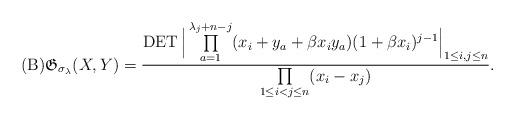
LaTeX: \begin{gather*}({\rm B}) {\mathfrak G}_{\sigma_{\lambda}}(X,Y) ={ \operatorname{DET}\Big| \prod\limits_{a=1}^{\lambda_{j}+n-j} (x_i +y_a + \beta x_i y_a) (1+\beta x_i)^{j-1} \Big|_{1 \le i,j \le n} \over \prod\limits_{1 \le i < j \le n} (x_i-x_j) }.\end{gather*}